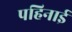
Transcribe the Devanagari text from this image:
पहिनाई